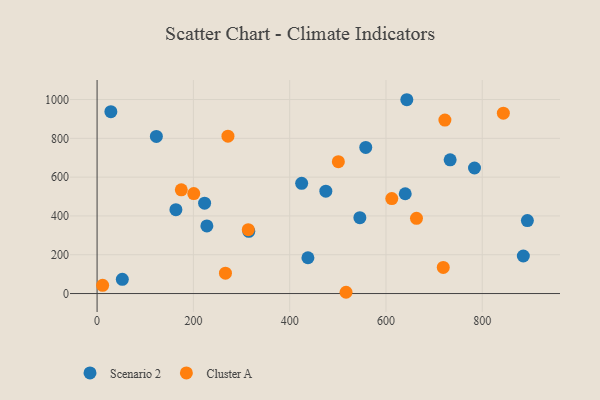
{"axis": {"x": "Distance", "y": "Fuel Efficiency"}, "legend": ["Cluster A", "Scenario 2"], "data": [{"x": "315.1", "y": 320.5, "type": "Scenario 2"}, {"x": "475.1", "y": 527.5, "type": "Scenario 2"}, {"x": "28.6", "y": 937.4, "type": "Scenario 2"}, {"x": "437.9", "y": 184.5, "type": "Scenario 2"}, {"x": "228.0", "y": 348.3, "type": "Scenario 2"}, {"x": "424.9", "y": 568.2, "type": "Scenario 2"}, {"x": "123.1", "y": 809.9, "type": "Scenario 2"}, {"x": "783.9", "y": 647.1, "type": "Scenario 2"}, {"x": "733.3", "y": 689.5, "type": "Scenario 2"}, {"x": "885.3", "y": 193.6, "type": "Scenario 2"}, {"x": "643.3", "y": 999.1, "type": "Scenario 2"}, {"x": "52.4", "y": 73.0, "type": "Scenario 2"}, {"x": "640.0", "y": 514.4, "type": "Scenario 2"}, {"x": "558.0", "y": 753.3, "type": "Scenario 2"}, {"x": "893.7", "y": 376.0, "type": "Scenario 2"}, {"x": "163.7", "y": 432.3, "type": "Scenario 2"}, {"x": "545.8", "y": 391.1, "type": "Scenario 2"}, {"x": "223.3", "y": 465.8, "type": "Scenario 2"}, {"x": "271.8", "y": 811.4, "type": "Cluster A"}, {"x": "517.1", "y": 6.5, "type": "Cluster A"}, {"x": "11.5", "y": 42.2, "type": "Cluster A"}, {"x": "314.0", "y": 329.3, "type": "Cluster A"}, {"x": "174.9", "y": 534.5, "type": "Cluster A"}, {"x": "843.8", "y": 929.9, "type": "Cluster A"}, {"x": "663.4", "y": 387.8, "type": "Cluster A"}, {"x": "266.6", "y": 104.9, "type": "Cluster A"}, {"x": "612.1", "y": 489.6, "type": "Cluster A"}, {"x": "501.1", "y": 679.5, "type": "Cluster A"}, {"x": "722.4", "y": 894.1, "type": "Cluster A"}, {"x": "719.0", "y": 134.7, "type": "Cluster A"}, {"x": "200.8", "y": 515.2, "type": "Cluster A"}]}